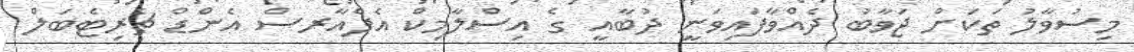
މިސުވާލު ތަކަށް ޖަވާބު ދެއްވާފައިވަނީ ދުބާއީ ގެ އިސްލާމިކް އެފެއާރސް އެންޑް ޗެރިޓެބަލް